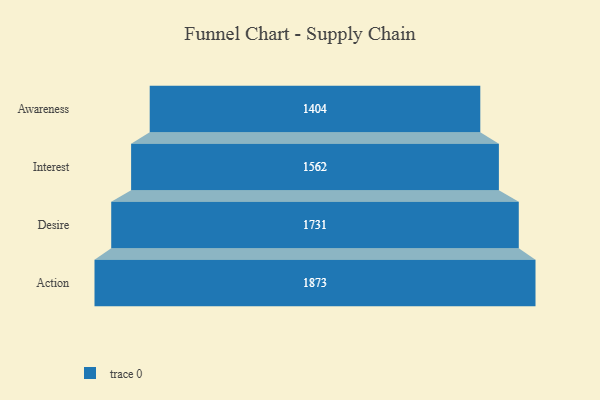
{"axis": {"x": "Stage", "y": "Value"}, "legend": [""], "data": [{"x": "Awareness", "y": 1404.0, "type": ""}, {"x": "Interest", "y": 1562.0, "type": ""}, {"x": "Desire", "y": 1731.0, "type": ""}, {"x": "Action", "y": 1873.0, "type": ""}]}